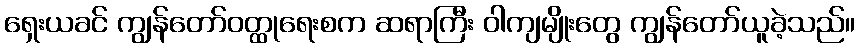
ရှေးယခင် ကျွန်တော်ဝတ္ထုရေးစက ဆရာကြီး ဝါကျမျိုးတွေ ကျွန်တော်ယူခဲ့သည်။